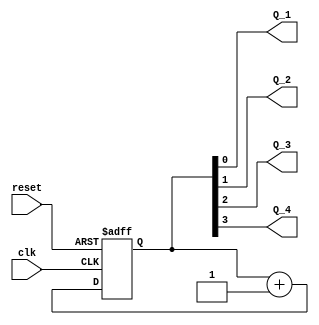
module johnson_counter_clock_divider(

input wire clk,
input wire reset,
output reg Q_1,
output reg Q_2,
output reg Q_3,
output reg Q_4
);

reg [3:0] count;

always @ (posedge clk or posedge reset)
begin
if (reset)
count <= 4'b0001;
else
count <= count + 1;
end

assign Q_1 = count[0];
assign Q_2 = count[1];
assign Q_3 = count[2];
assign Q_4 = count[3];

endmodule